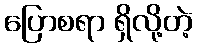
ပြောစရာ ရှိလို့တဲ့